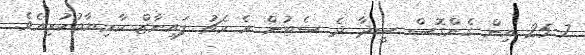
25-7 އިން ގެންގޮސް ސީދާ ދެ ސެޓުން އެ މެޗު ފައިނާޒް ކާމިޔާބުކުރިއެވެ.